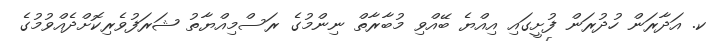
ކ. އަދާރަން ހުދުރަން ފުށީގައި އިއްޔެ ބޭއްވި މުބާރާތް ނިންމުގެ ރަސްމިއްޔާތު ޝަރަފުވެރިކޮށްދެއްވުމުގެ